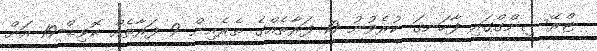
ޓްރޭސިންގްގައި ފާހަނގަ ކުރެވުނު 10 ފަރާތެއްގެ ތެރެއިން 9 ފަރާތެއް ކޮވިޑް-19 އަށް